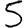
Digit: 5